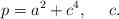
LaTeX: \begin{align*}p = a^2 + c^4,\ \ \ \ c .\end{align*}